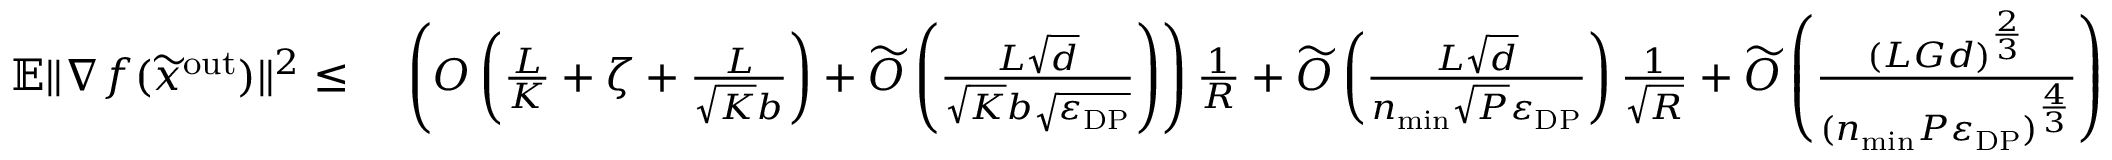
\begin{array} { r l } { \mathbb { E } \| \nabla f ( \widetilde x ^ { \mathrm { o u t } } ) \| ^ { 2 } \leq } & { \ \left( O \left( \frac { L } { K } + \zeta + \frac { L } { \sqrt { K } b } \right) + \widetilde O \left( \frac { L \sqrt { d } } { \sqrt { K } b \sqrt { \varepsilon _ { \mathrm { D P } } } } \right) \right) \frac { 1 } { R } + \widetilde O \left( \frac { L \sqrt { d } } { n _ { \mathrm { m i n } } \sqrt { P } \varepsilon _ { \mathrm { D P } } } \right) \frac { 1 } { \sqrt { R } } + \widetilde O \left( \frac { ( L G d ) ^ { \frac { 2 } { 3 } } } { ( n _ { \mathrm { m i n } } P \varepsilon _ { \mathrm { D P } } ) ^ { \frac { 4 } { 3 } } } \right) } \end{array}